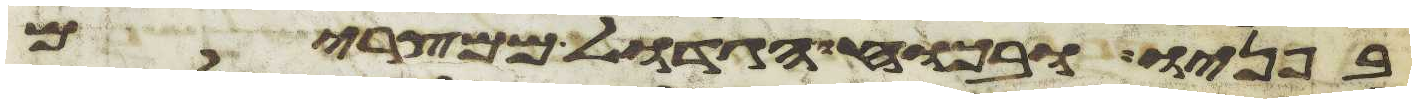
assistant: בפניו ובכחו הגדול ממצרים